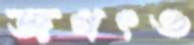
জগৎও